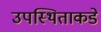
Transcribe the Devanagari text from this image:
उपस्थिताकडे